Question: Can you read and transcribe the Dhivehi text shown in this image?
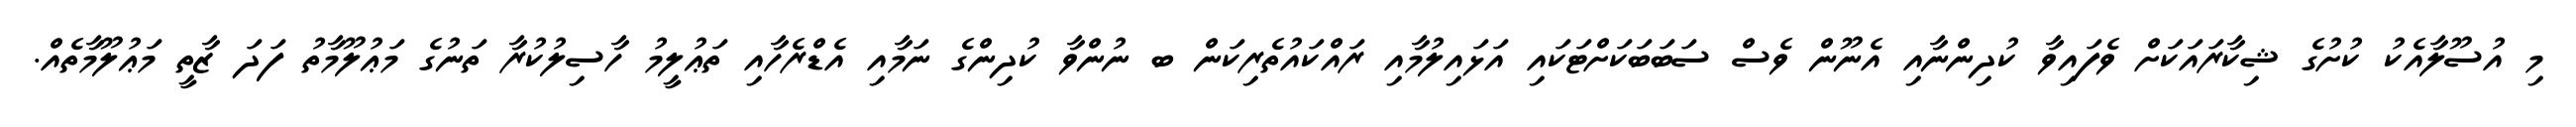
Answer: މި އުސޫލާއެކު ކުށުގެ ޝިކާރައަކަށް ވެފައިވާ ކުދިންނާއި އެނޫން ވެސް ސަބަބަކަށްޓަކައި އަޅައިލުމާއި ރައްކައުތެރިކަން ބ ނުންވާ ކުދިންގެ ނަމާއި އެޑްރެހާއި ތަޢުލީމު ހާސިލުކުރާ ތަނުގެ މަޢުލޫމާތު ފަދަ ޒާތީ މަޢުލޫމާތެއް.